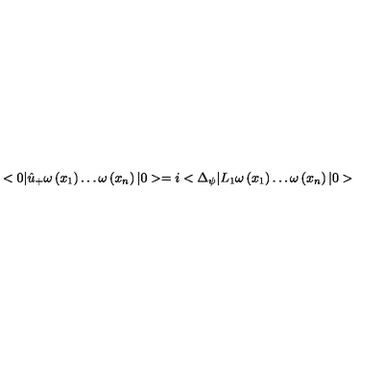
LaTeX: < 0 | \hat { u } _ { + } \omega \left( x _ { 1 } \right) \ldots \omega \left( x _ { n } \right) | 0 > = i < \Delta _ { \psi } | L _ { 1 } \omega \left( x _ { 1 } \right) \ldots \omega \left( x _ { n } \right) | 0 >